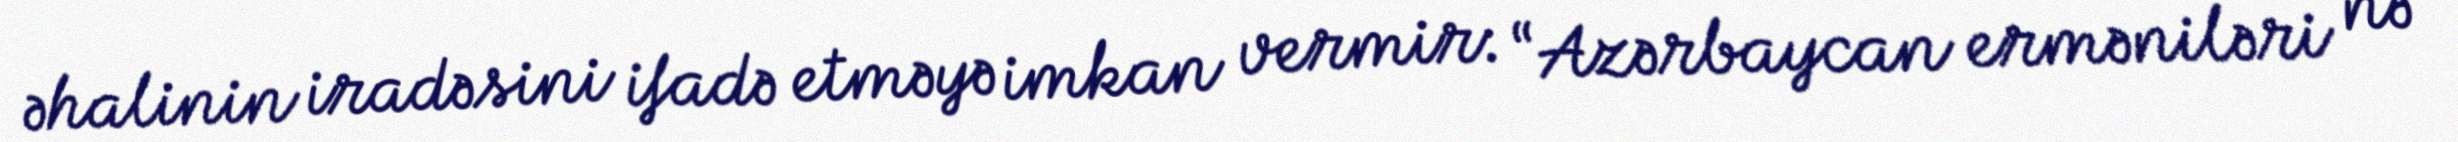
əhalinin iradəsini ifadə etməyə imkan vermir: “Azərbaycan erməniləri nə